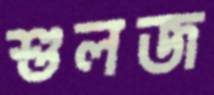
শুলজ